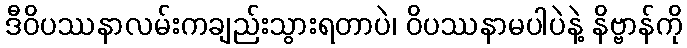
ဒီဝိပဿနာလမ်းကချည်းသွားရတာပဲ၊ ဝိပဿနာမပါပဲနဲ့ နိဗ္ဗာန်ကို